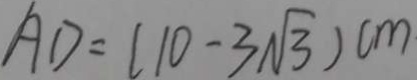
A D = ( 1 0 - 3 \sqrt { 3 } ) c m